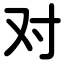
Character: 对